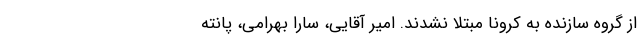
از گروه سازنده به کرونا مبتلا نشدند. امیر آقایی، سارا بهرامی، پانته